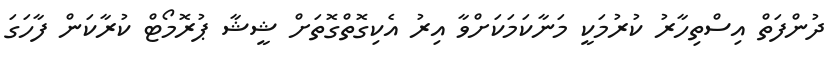
ދުންފަތް އިސްތިހާރު ކުރުމަކީ މަނާކަމަކަށްވާ އިރު އެކިގޮތްގޮތަށް ޝީޝާ ޕުރޮމޯޓް ކުރާކަން ފާހަގަ